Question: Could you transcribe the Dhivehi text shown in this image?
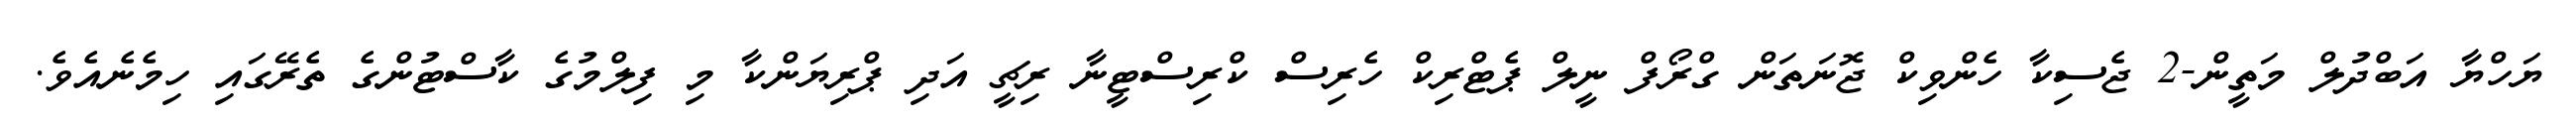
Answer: ޔަހްޔާ އަބްދުލް މަތީން-2 ޖެސިކާ ހެންވިކް ޖޮނަތަން ގްރޯފް ނީލް ޕެޓްރިކް ހެރިސް ކްރިސްޓީނާ ރިޗީ އަދި ޕްރިޔަންކާ މި ފިލްމުގެ ކާސްޓުންގެ ތެރޭގައި ހިމެނެއެވެ.